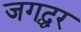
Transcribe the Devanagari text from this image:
जगद्घर